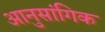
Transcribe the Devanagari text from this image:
आनुसांगिक